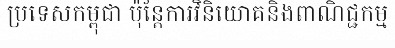
ប្រទេសកម្ពុជា ប៉ុន្តែការវិនិយោគនិងពាណិជ្ជកម្ម